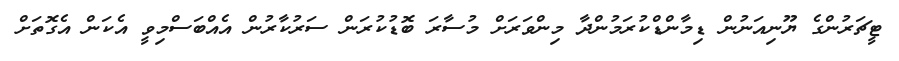
ޓީޗަރުންގެ ޔޫނިއަނުން ޑިމާންޑްކުރަމުންދާ މިންވަރަށް މުސާރަ ބޮޑުކުރަން ސަރުކާރުން އެއްބަސްމިވީ އެކަން އެގޮތަށް